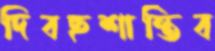
দিবছশান্তিব